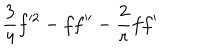
{ \frac { 3 } { 4 } } f ^ { 2 } - f f ^ { \prime \prime } - { \frac { 2 } { r } } f f ^ { \prime }